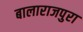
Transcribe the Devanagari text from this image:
बालाराजपुरा